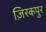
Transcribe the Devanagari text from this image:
ज़िरकपुर